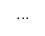
LaTeX: \begin{align*}...\end{align*}